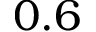
0 . 6